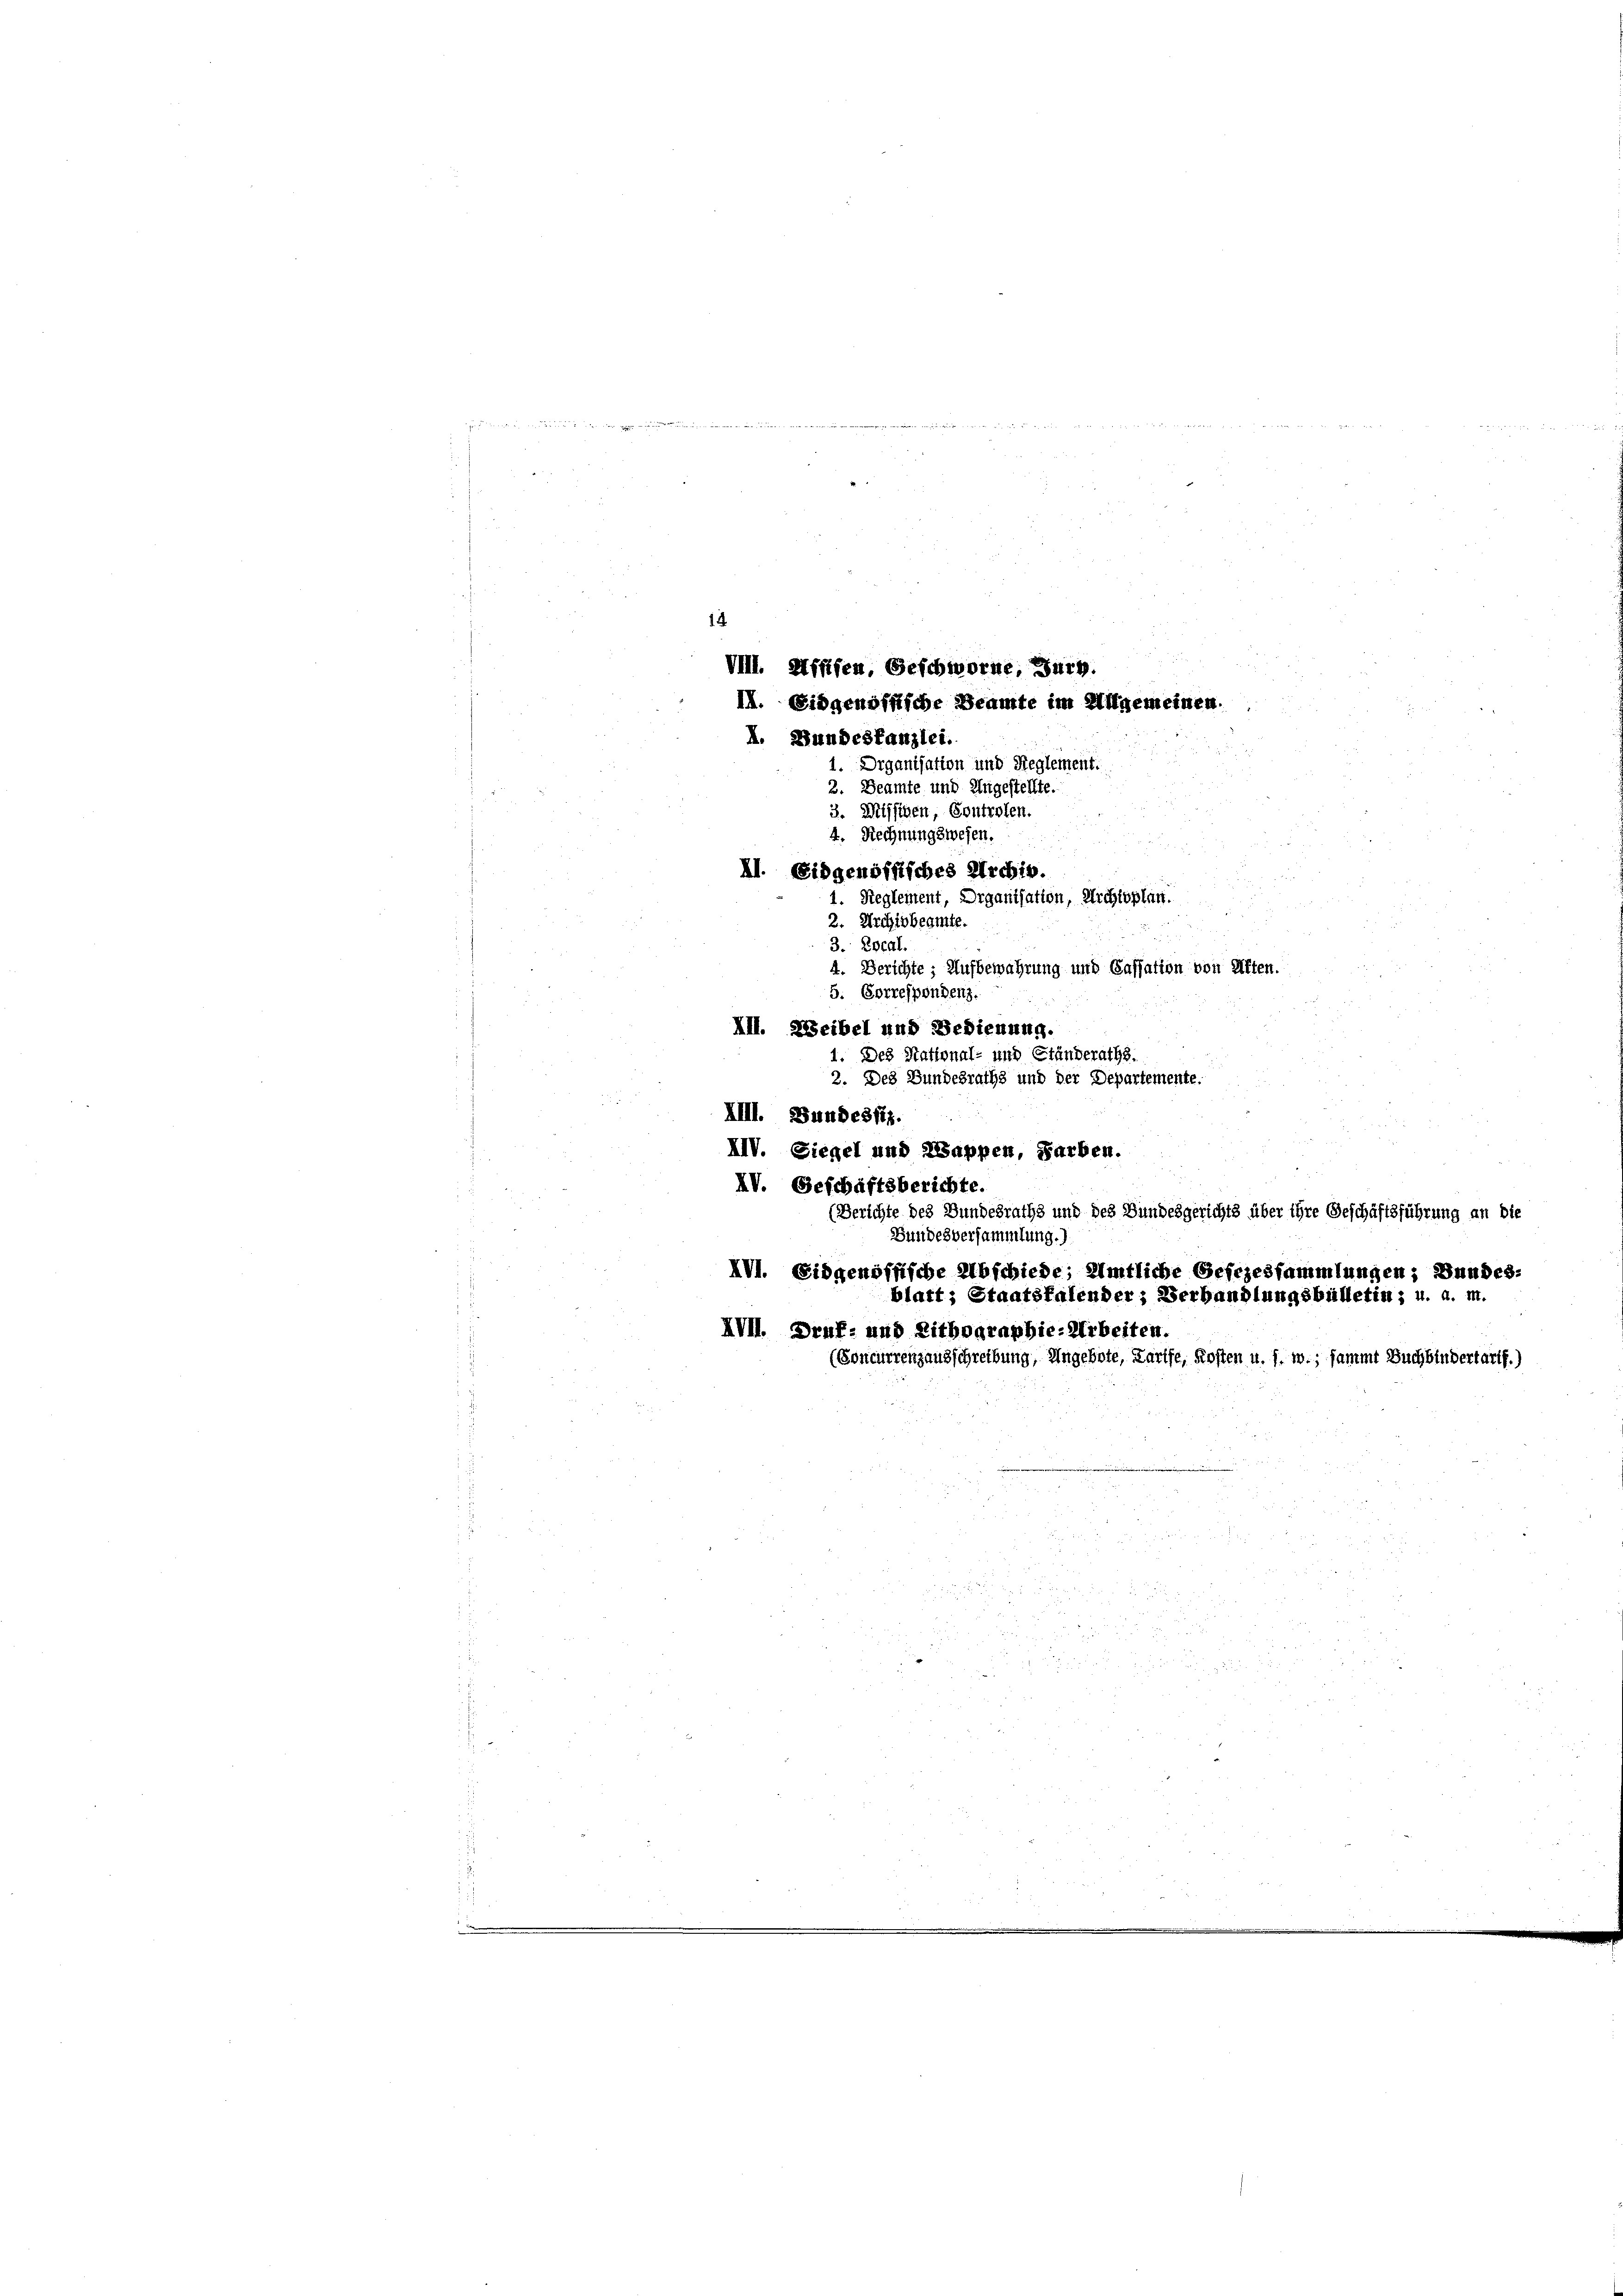
den

14
VIII. Hfüfen, Geschworne, Juch.
II. Eidgenössische Beamte im Allgemeinen
A. Bundeskanzlei.
1. Diganisation und Reglement.
2. Beamte und Ungestellte.
3. Missiven, Controlen.
4. Rechnungswesen.

XI. Eidgenössisches Archis.
1. Reglement, Organisation, Archtopfen.
2. Archivbeamte.
u
3. Local.
4. Berichte; Aufbewahrung und Cassation von Aften.
5. Correspondenz.
III. Weibel und Bedienung.
1. Des Stational- und Ständeraths.
2. Des Bundesraths und der Departemente.

XIII. Bundesfiz.
XIV. Siegel und Kappen, Farben.
XV. Geschäftsberichte.
(Berichte des Bundesraths und des Bundesgerichts über ihre Geschäftsführung an die
Bundesversammlung.)
XVI. Eidgenössische Abschiede; Amtliche Gefezessammlungen; Bundes-
XVII. Druf- und Lithographie-Arbeiten.
(Concurrenzausschreibung, Ungebote, Karife, Kosten u. s. w., sammt Buchbindertarts.)

blatt; Staatskalender; Verhandlungsbülletin; u. a. m.